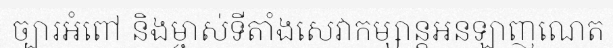
ច្បារអំពៅ និងម្ចាស់ទីតាំងសេវាកម្សាន្តអនឡាញណេត